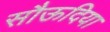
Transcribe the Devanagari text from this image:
सौऊदिया